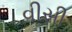
વીસી